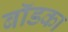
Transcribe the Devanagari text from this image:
बॉडका